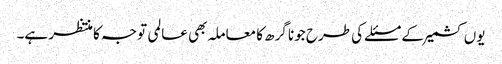
یوں کشمیر کے مسئلے کی طرح جونا گرھ کا معاملہ بھی عالمی توجہ کا منتظر ہے۔